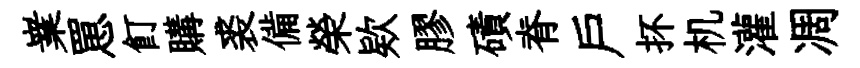
嶪罳飣購裘備榮欵膠磧脊户抔机灌凋